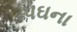
પઘના